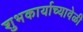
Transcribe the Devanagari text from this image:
शुभकार्याच्यावेळी